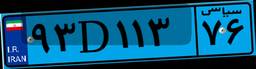
۱۹D۱۴۲۴۵